Civil Veterinary Dept. North-West Frontier Province 1923-32 - 1923-1932
Year: 1923
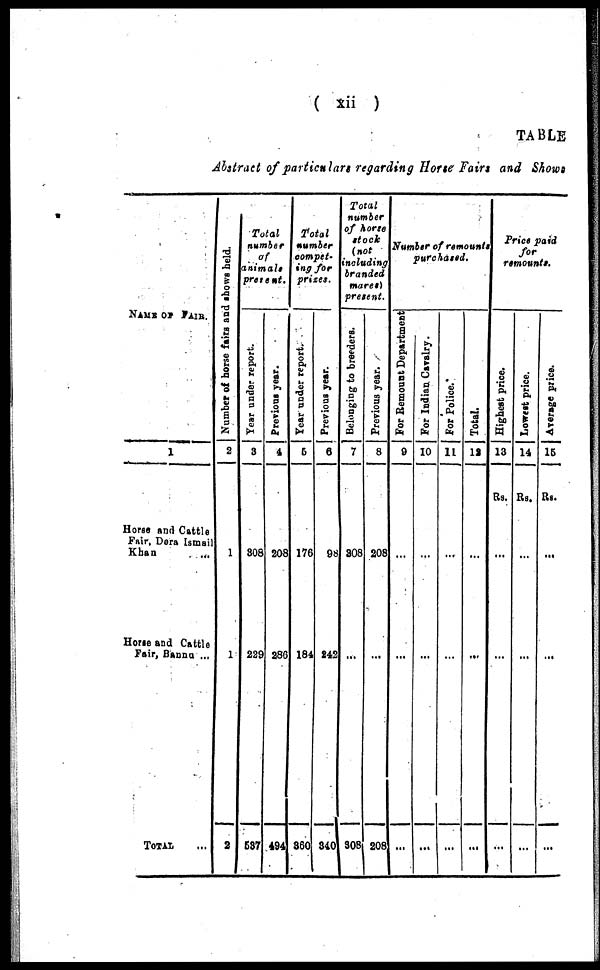
( xii )
TABLE
Abstract of particulars regarding Horse Fairs and Shows
NAME OF FAIR.
1
Horse and Cattle
Fair, Dera Ismail
Khan ...
Horse and Cattle
Fair, Banna ...
TOTAL ...
Number of horse fairs and shows held.
2
1
1
2
Total
number
of
animals
present.
Year under report.
3
308
229
537
Previous year.
4
208
286
494
Total
number
compet-
ing
prizes.
Year under report.
6
176
184
360
Previous year.
6
98
242
340
Total
number
of horse
stock
(not
including
branded
mares)
present.
Belonging to breeders.
7
308
...
308
Previous year.
8
208
...
208
Number of remounts
purchased.
For Remount Department
9
...
...
...
For Indian Cavalry.
10
...
...
...
For Police.
11
...
...
...
Total.
12
...
...
...
Price paid
for
remounts.
Highest price.
13
Rs.
...
...
...
Lowest price.
14
Rs.
...
...
...
Average price.
15
Rs.
...
...
...